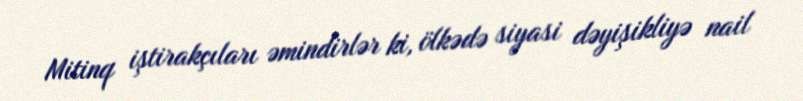
Mitinq iştirakçıları əmindirlər ki, ölkədə siyasi dəyişikliyə nail